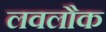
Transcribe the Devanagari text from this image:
लवलौक